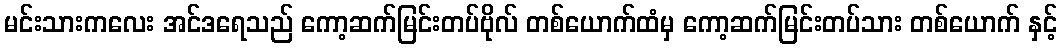
မင်းသားကလေး အင်ဒရေသည် ကော့ဆက်မြင်းတပ်ဗိုလ် တစ်ယောက်ထံမှ ကော့ဆက်မြင်းတပ်သား တစ်ယောက် နှင့်